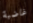
غاضبة